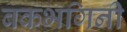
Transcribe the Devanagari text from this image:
बकभगिनी